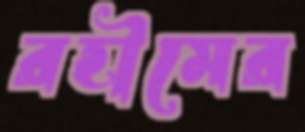
রহীমের